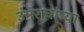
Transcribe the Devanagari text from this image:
उमरावांच्या